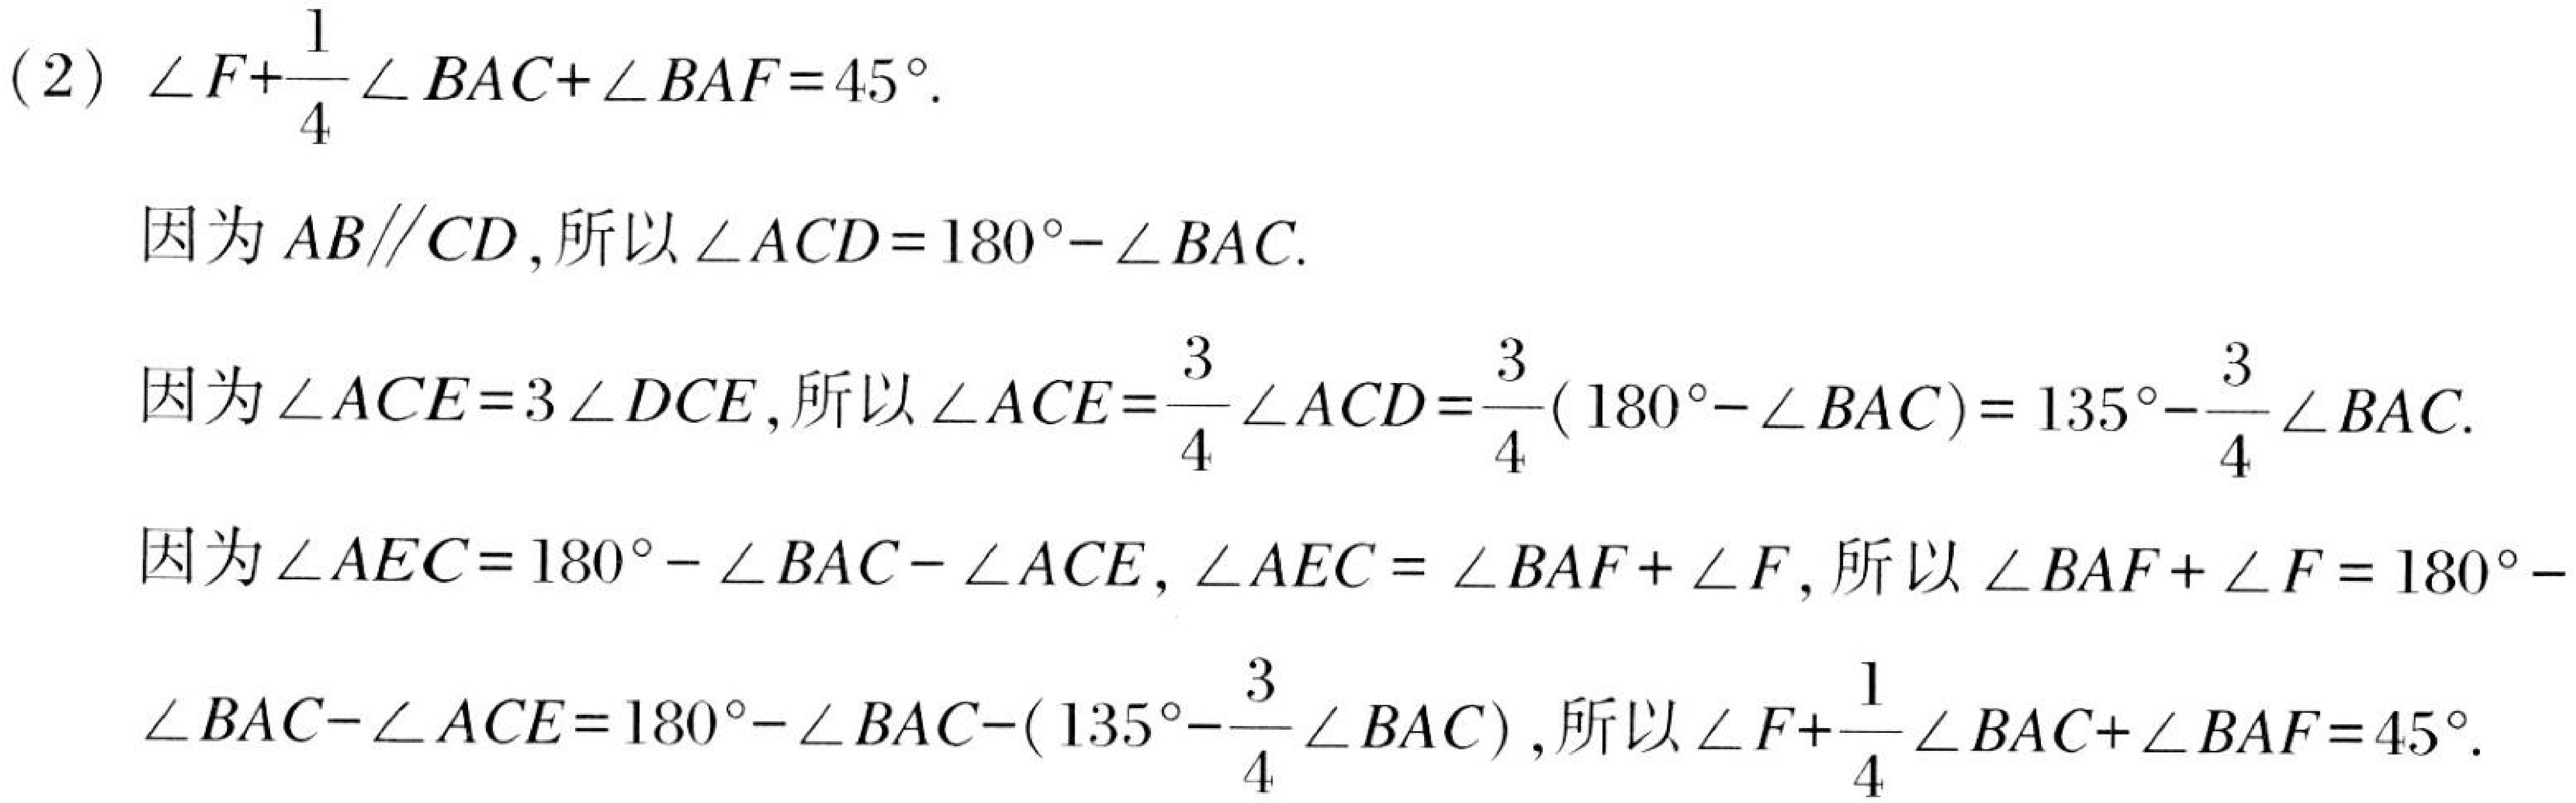
(2) \(\angle F+\frac{1}{4}\angle BAC+\angle BAF = 45^{\circ}\).

因为 \(AB\parallel CD\),所以 \(\angle ACD = 180^{\circ}-\angle BAC\).

因为 \(\angle ACE = 3\angle DCE\),所以 \(\angle ACE=\frac{3}{4}\angle ACD=\frac{3}{4}(180^{\circ}-\angle BAC)=135^{\circ}-\frac{3}{4}\angle BAC\).

因为 \(\angle AEC = 180^{\circ}-\angle BAC-\angle ACE\), \(\angle AEC=\angle BAF+\angle F\),所以 \(\angle BAF+\angle F = 180^{\circ}-\)
\(\angle BAC-\angle ACE=180^{\circ}-\angle BAC-(135^{\circ}-\frac{3}{4}\angle BAC)\),所以 \(\angle F+\frac{1}{4}\angle BAC+\angle BAF = 45^{\circ}\).